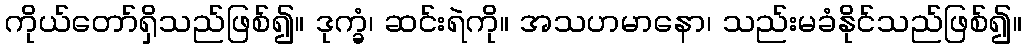
ကိုယ်တော်ရှိသည်ဖြစ်၍။ ဒုက္ခံ၊ ဆင်းရဲကို။ အသဟမာနော၊ သည်းမခံနိုင်သည်ဖြစ်၍။